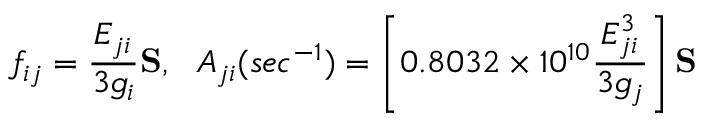
f _ { i j } = { \frac { E _ { j i } } { 3 g _ { i } } } { \bf S } , ~ ~ A _ { j i } ( s e c ^ { - 1 } ) = \left[ 0 . 8 0 3 2 \times 1 0 ^ { 1 0 } { \frac { E _ { j i } ^ { 3 } } { 3 g _ { j } } } \right] { \bf S }